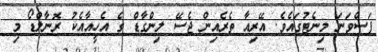
ފަސްވަނަ މިނެޓުގައެވެ. އޭރިއާ ތެރެއިން ޖެސޭ ލިންގާޑް ގެ އެހީއާއެކު ރޮނާލްޑޯ މި